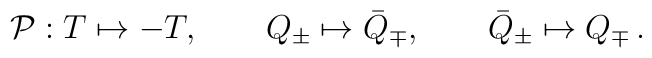
{\cal P} : T \mapsto -T, \qquad Q_\pm \mapsto\bar{Q}_\mp , \qquad \bar{Q}_\pm \mapsto Q_\mp\,.